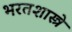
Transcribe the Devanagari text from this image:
भरतशास्त्रे